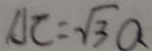
A C = \sqrt { 3 } Q